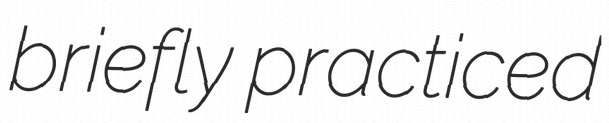
briefly practiced